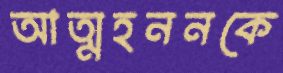
আত্মহননকে